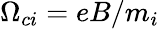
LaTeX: \Omega_{ci}=eB/m_{i}